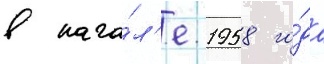
в нача́л'е 1958 го́да